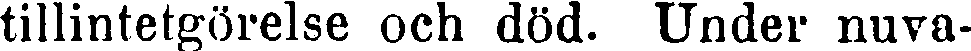
tillintetgörelse och död. Under nuva-